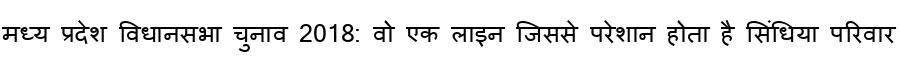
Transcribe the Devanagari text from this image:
मध्य प्रदेश विधानसभा चुनाव 2018: वो एक लाइन जिससे परेशान होता है सिंधिया परिवार